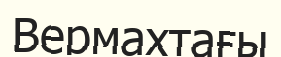
Вермахтағы